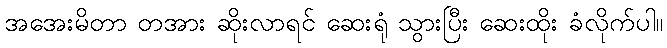
အအေးမိတာ တအား ဆိုးလာရင် ဆေးရုံ သွားပြီး ဆေးထိုး ခံလိုက်ပါ။